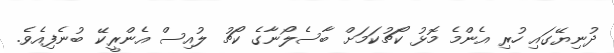
ދުނިޔޭގައި ހުރި އެންމެ މޮޅު ކޯޗުކަމަށް ބާސެލޯނާގެ ކޯޗު ލުއިސް އެންރީކޭ ބުނެފިއެވެ.